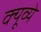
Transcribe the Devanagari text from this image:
क्यूव्ये